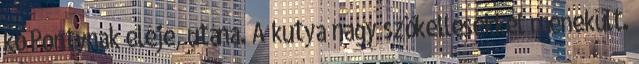
kő Pontynak eléje, utána. A kutya nagy szökellésekkel menekült.